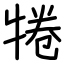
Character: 犈